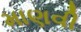
માણવી